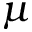
\mu